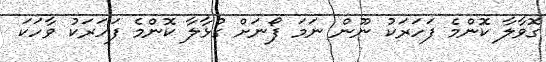
ގޮވާލާ ކޮންމެ ފަހަރަކު ނޫން ނަމަ ފޯނަށް ގުޅާލާ ކޮންމެ ފަހަރަކު ވާހަކަ